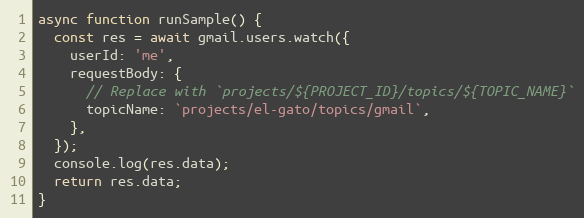
Language: JavaScript
async function runSample() {
  const res = await gmail.users.watch({
    userId: 'me',
    requestBody: {
      // Replace with `projects/${PROJECT_ID}/topics/${TOPIC_NAME}`
      topicName: `projects/el-gato/topics/gmail`,
    },
  });
  console.log(res.data);
  return res.data;
}